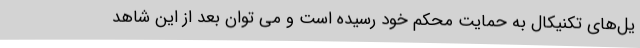
یل‌های تکنیکال به حمایت محکم خود رسیده است و می توان بعد از این شاهد